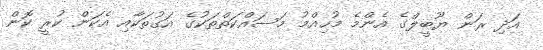
އަދި ރަން ޔޫބީލްގެ އެންމެ މުހިއްމު މަސައްކަތްތަކުގެ އަގުތަކާއި އެކަން ކުރީ ކޮން